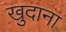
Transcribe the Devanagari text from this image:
खुदाना